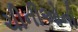
ચીનીઓની